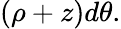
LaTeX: (\rho+z)d\theta.